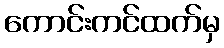
ကောင်းကင်ထက်မှ